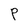
Character: P